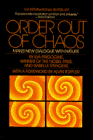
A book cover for Order Out of Chaos; Ilya Prigogine; Science & Math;